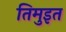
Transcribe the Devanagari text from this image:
तिमुइत